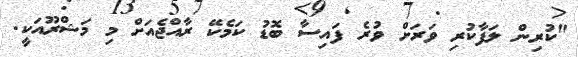
"ކުރިން ލަފާކުރި ވަރަށް ވުރެ ފައިސާ ބޮޑު ކަމެކޭ ރާއްޖެއަށް މި މަޝްރޫއަކީ.